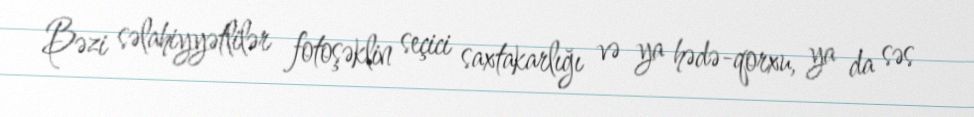
Bəzi səlahiyyətlilər fotoşəklin seçici saxtakarlığı və ya hədə-qorxu, ya da səs